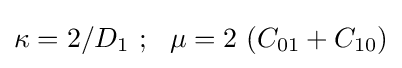
\kappa =2/D_{1}~;~~\mu =2~(C_{01}+C_{10})